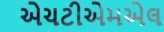
એચટીએમએલ